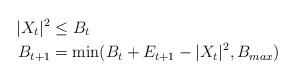
LaTeX: \begin{align*}|X_t|^2 & \le B_t \\B_{t+1} & = \min(B_t + E_{t+1} - |X_t|^2, B_{max}) \end{align*}